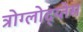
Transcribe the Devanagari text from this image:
त्रोग्लोद्य्तेस